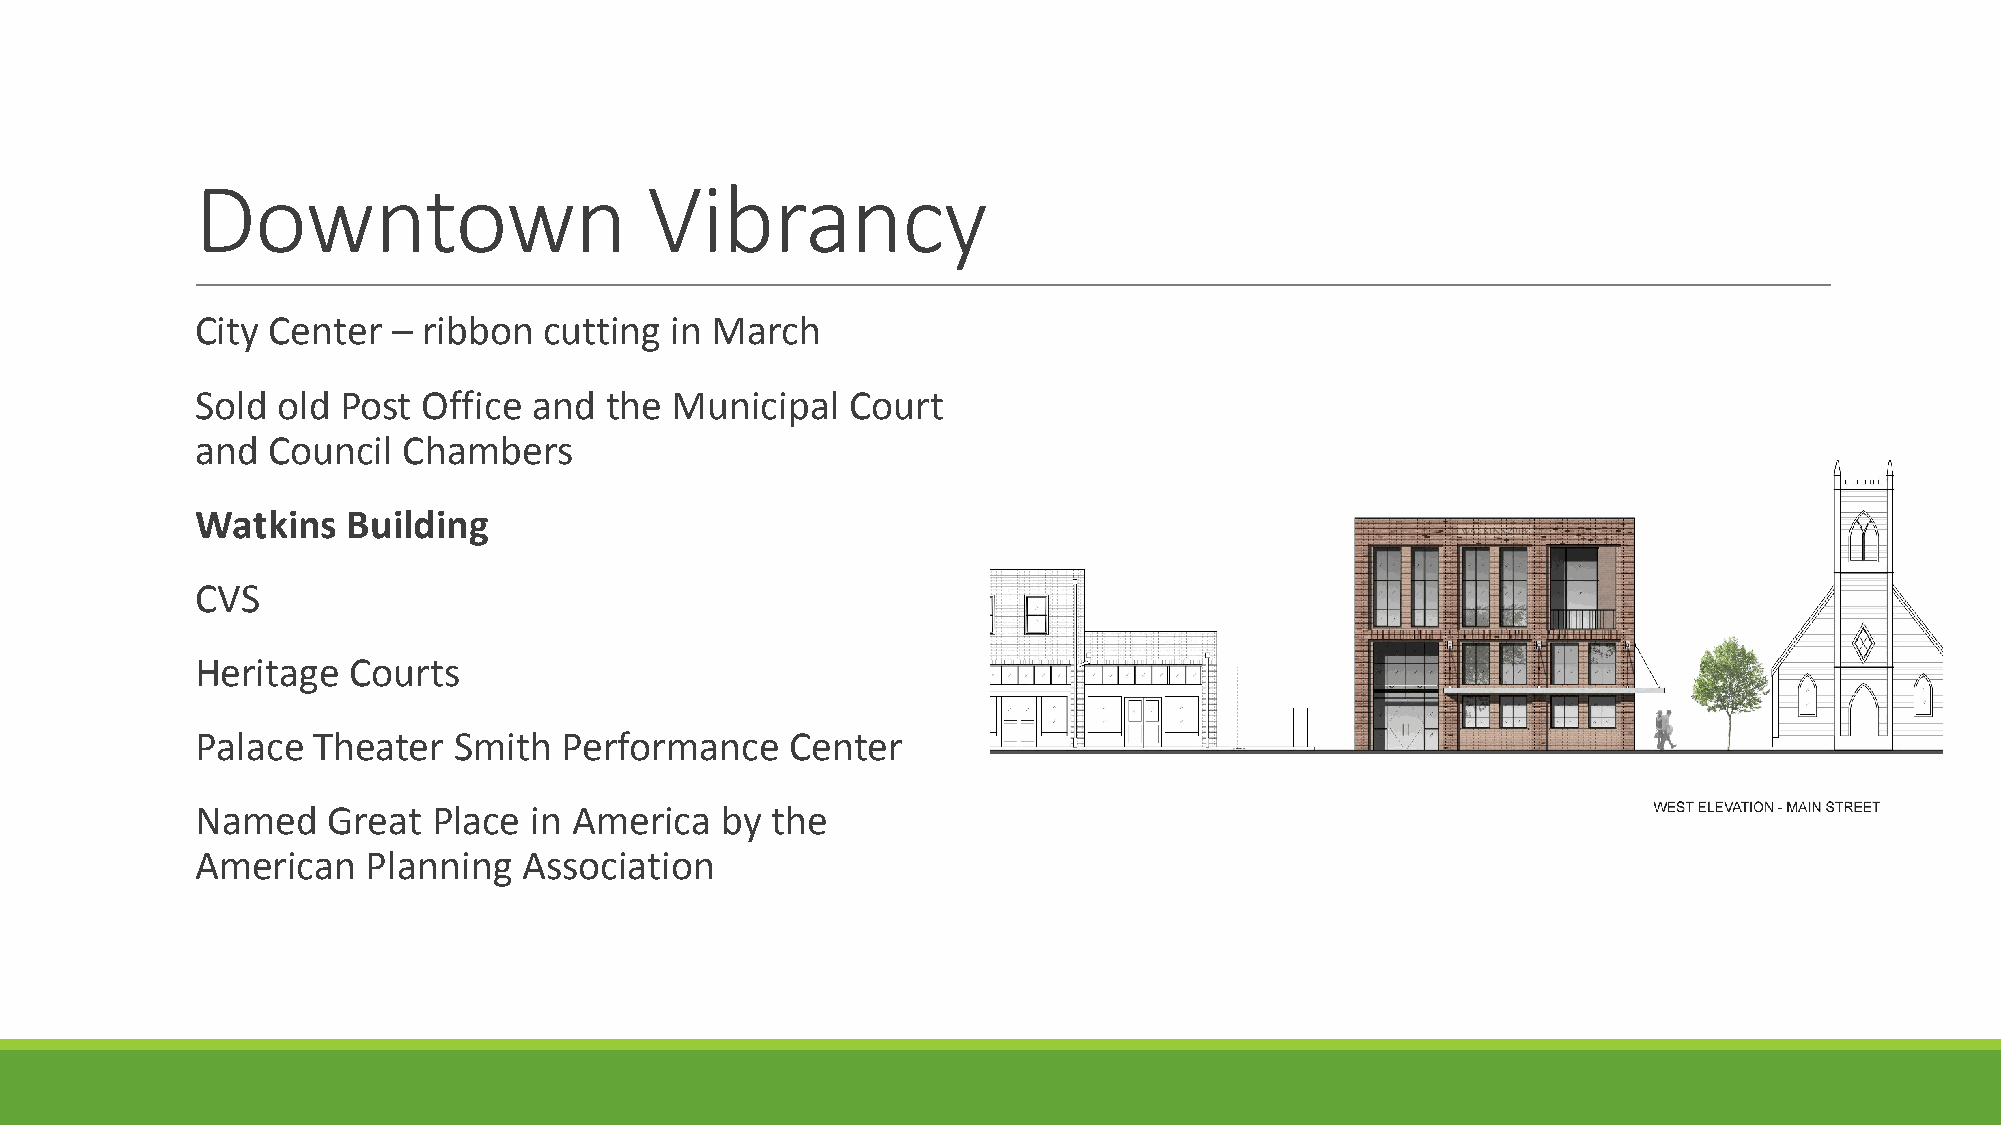
Downtown                      Vibrancy
 City Center  – ribbon  cutting in March
 Sold old Post  Office and  the Municipal   Court
 and  Council  Chambers
 Watkins   Building
 CVS
 Heritage  Courts
 Palace  Theater  Smith  Performance    Center
 Named    Great  Place in America   by the
 American   Planning   Association